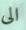
الى